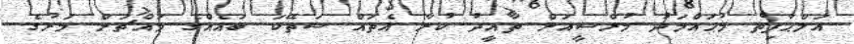
އަލްޙާފިޡް މުޙައްމަދު މުރްސީއަށް ތާއީދު ކުރާ އެތައް ސަތޭކަ ބައެއްގެ މައްޗަށް މަރުގެ